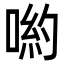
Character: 喲